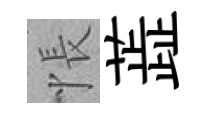
悵蕋